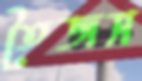
তৈজস